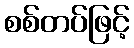
စစ်တပ်ဖြင့်